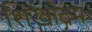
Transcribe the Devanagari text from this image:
शिखोद्गमः